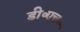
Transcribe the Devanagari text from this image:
डी॰एच॰